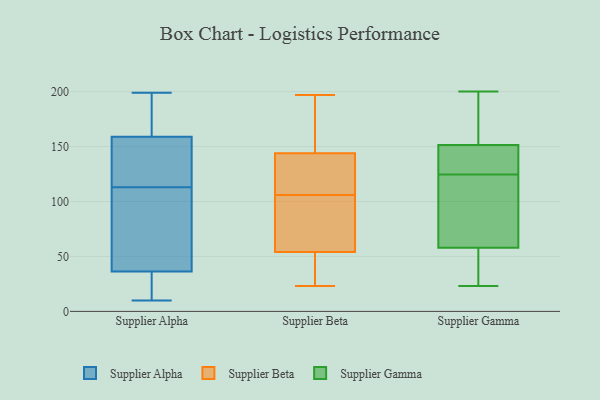
{"axis": {"x": "Backlog", "y": "Value"}, "legend": ["Supplier Alpha", "Supplier Beta", "Supplier Gamma"], "data": [{"x": "", "y": 113, "type": "Supplier Alpha"}, {"x": "", "y": 165, "type": "Supplier Alpha"}, {"x": "", "y": 40, "type": "Supplier Alpha"}, {"x": "", "y": 56, "type": "Supplier Alpha"}, {"x": "", "y": 159, "type": "Supplier Alpha"}, {"x": "", "y": 20, "type": "Supplier Alpha"}, {"x": "", "y": 144, "type": "Supplier Alpha"}, {"x": "", "y": 10, "type": "Supplier Alpha"}, {"x": "", "y": 134, "type": "Supplier Alpha"}, {"x": "", "y": 199, "type": "Supplier Alpha"}, {"x": "", "y": 37, "type": "Supplier Alpha"}, {"x": "", "y": 46, "type": "Supplier Alpha"}, {"x": "", "y": 176, "type": "Supplier Alpha"}, {"x": "", "y": 148, "type": "Supplier Alpha"}, {"x": "", "y": 31, "type": "Supplier Alpha"}, {"x": "", "y": 159, "type": "Supplier Alpha"}, {"x": "", "y": 34, "type": "Supplier Alpha"}, {"x": "", "y": 104, "type": "Supplier Beta"}, {"x": "", "y": 197, "type": "Supplier Beta"}, {"x": "", "y": 132, "type": "Supplier Beta"}, {"x": "", "y": 147, "type": "Supplier Beta"}, {"x": "", "y": 184, "type": "Supplier Beta"}, {"x": "", "y": 31, "type": "Supplier Beta"}, {"x": "", "y": 171, "type": "Supplier Beta"}, {"x": "", "y": 133, "type": "Supplier Beta"}, {"x": "", "y": 56, "type": "Supplier Beta"}, {"x": "", "y": 23, "type": "Supplier Beta"}, {"x": "", "y": 25, "type": "Supplier Beta"}, {"x": "", "y": 106, "type": "Supplier Beta"}, {"x": "", "y": 106, "type": "Supplier Beta"}, {"x": "", "y": 142, "type": "Supplier Beta"}, {"x": "", "y": 143, "type": "Supplier Beta"}, {"x": "", "y": 94, "type": "Supplier Beta"}, {"x": "", "y": 48, "type": "Supplier Beta"}, {"x": "", "y": 47, "type": "Supplier Gamma"}, {"x": "", "y": 159, "type": "Supplier Gamma"}, {"x": "", "y": 144, "type": "Supplier Gamma"}, {"x": "", "y": 199, "type": "Supplier Gamma"}, {"x": "", "y": 135, "type": "Supplier Gamma"}, {"x": "", "y": 200, "type": "Supplier Gamma"}, {"x": "", "y": 41, "type": "Supplier Gamma"}, {"x": "", "y": 75, "type": "Supplier Gamma"}, {"x": "", "y": 23, "type": "Supplier Gamma"}, {"x": "", "y": 114, "type": "Supplier Gamma"}, {"x": "", "y": 69, "type": "Supplier Gamma"}, {"x": "", "y": 141, "type": "Supplier Gamma"}]}